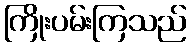
ကြိုးပမ်းကြသည်